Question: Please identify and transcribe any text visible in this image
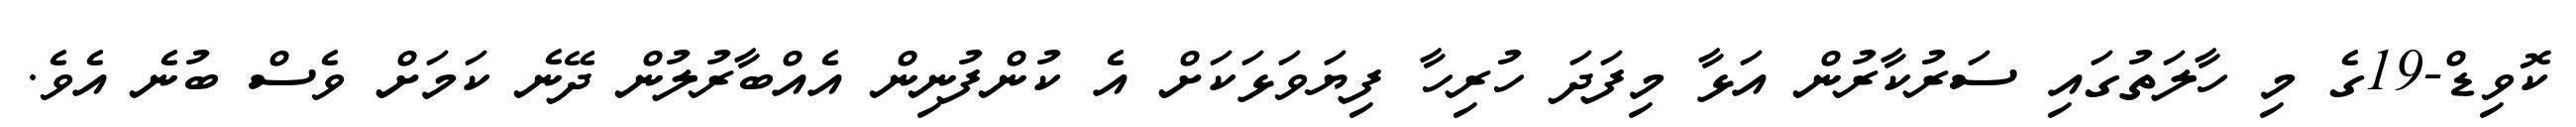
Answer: ކޮވިޑް-19ގެ މި ހާލަތުގައި ސަރުކާރުން އަޅާ މިފަދަ ހުރިހާ ފިޔަވަޅަކަށް އެ ކުންފުނިން އެއްބާރުލުން ދޭނެ ކަމަށް ވެސް ބުނެ އެވެ.